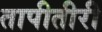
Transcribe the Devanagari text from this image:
तापीतीरी